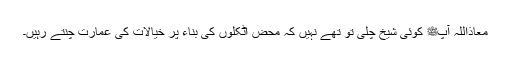
معاذاللہ آپﷺ کوئی شیخ چلی تو تھے نہیں کہ محض اٹکلوں کی بناء پر خیالات کی عمارت چنتے رہیں۔